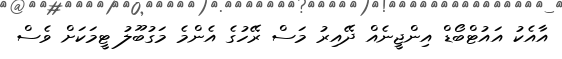
އާއެކު އައުޓްބޯޑް އިންޖީނެއް ދޭއިރު މަސް ރޭހުގެ އެންމެ މަގުބޫލު ޓީމަކަށް ވެސް